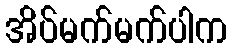
အိပ်မက်မက်ပါက